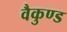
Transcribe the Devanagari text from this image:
वैकुण्ड